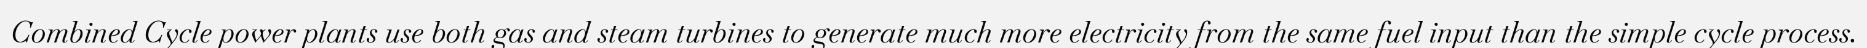
Combined Cycle power plants use both gas and steam turbines to generate much more electricity from the same fuel input than the simple cycle process.